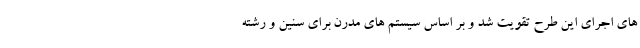
های اجرای این طرح تقویت شد و بر اساس سیستم های مدرن برای سنین و رشته